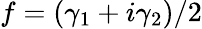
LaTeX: f=(\gamma_{1}+i\gamma_{2})/2